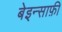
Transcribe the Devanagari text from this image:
बेइन्साफ़ी